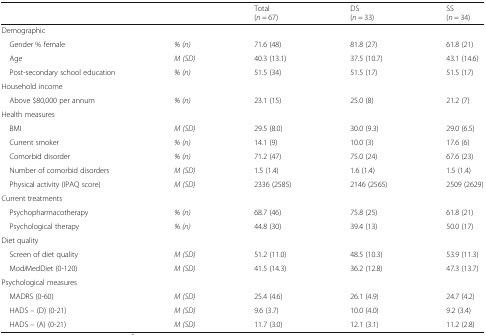
| <COLSPAN=2>  | Total (n = 67) | DS (n = 33) | SS (n = 34) |
 | --- | --- | --- | --- | --- |
 | <COLSPAN=5> Demographic |
 | Gender % female | % (n) | 71.6 (48) | 81.8 (27) | 61.8 (21) |
 | Age | M (SD) | 40.3 (13.1) | 37.5 (10.7) | 43.1 (14.6) |
 | Post-secondary school education | % (n) | 51.5 (34) | 51.5 (17) | 51.5 (17) |
 | <COLSPAN=5> Household income |
 | Above $80,000 per annum | % (n) | 23.1 (15) | 25.0 (8) | 21.2 (7) |
 | <COLSPAN=5> Health measures |
 | BMI | M (SD) | 29.5 (8.0) | 30.0 (9.3) | 29.0 (6.5) |
 | Current smoker | % (n) | 14.1 (9) | 10.0 (3) | 17.6 (6) |
 | Comorbid disorder | % (n) | 71.2 (47) | 75.0 (24) | 67.6 (23) |
 | Number of comorbid disorders | M (SD) | 1.5 (1.4) | 1.6 (1.4) | 1.5 (1.4) |
 | Physical activity (IPAQ score) | M (SD) | 2336 (2585) | 2146 (2565) | 2509 (2629) |
 | <COLSPAN=5> Current treatments |
 | Psychopharmacotherapy | % (n) | 68.7 (46) | 75.8 (25) | 61.8 (21) |
 | Psychological therapy | % (n) | 44.8 (30) | 39.4 (13) | 50.0 (17) |
 | <COLSPAN=5> Diet quality |
 | Screen of diet quality | M (SD) | 51.2 (11.0) | 48.5 (10.3) | 53.9 (11.3) |
 | ModiMedDiet (0-120) | M (SD) | 41.5 (14.3) | 36.2 (12.8) | 47.3 (13.7) |
 | <COLSPAN=5> Psychological measures |
 | MADRS (0-60) | M (SD) | 25.4 (4.6) | 26.1 (4.9) | 24.7 (4.2) |
 | HADS – (D) (0-21) | M (SD) | 9.6 (3.7) | 10.0 (4.0) | 9.2 (3.4) |
 | HADS – (A) (0-21) | M (SD) | 11.7 (3.0) | 12.1 (3.1) | 11.2 (2.8) |